Annual report on the working of the mental hospitals in the Madras Presidency - 1912-1932
Year: 1912
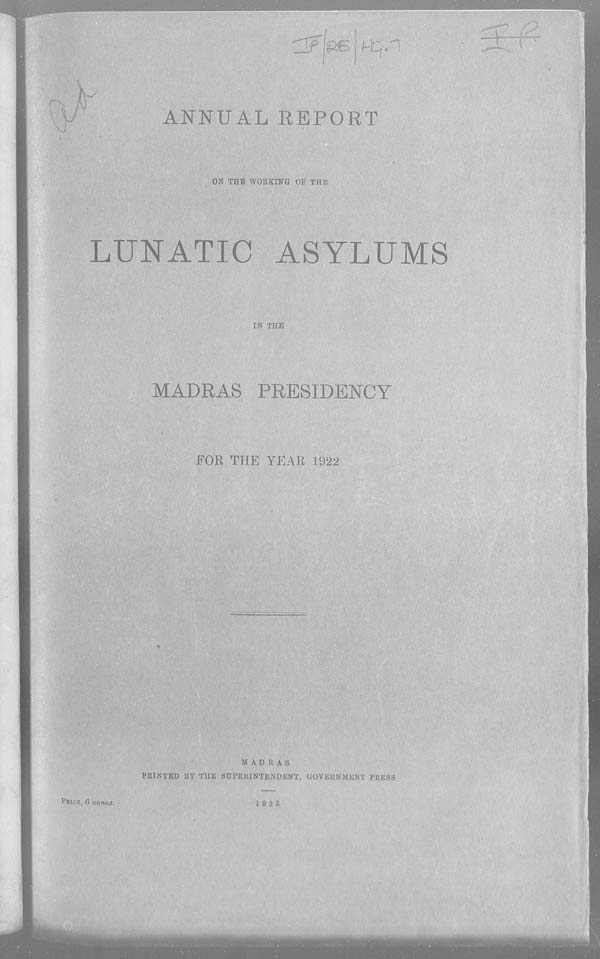
ANNUAL REPORT
ON THE WORKING OF THE
LUNATIC ASYLUMS
IN THE
MADRAS PRESIDENCY
FOR THE YEAR 1922
MADRAS
PRINTED BY THE SUPERINTENDENT, GOVERNMENT PRESS
PRICE, 6 annas.
1923